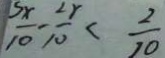
\frac { 5 x } { 1 0 } - \frac { 2 x } { 1 0 } < \frac { 2 } { 1 0 }